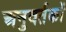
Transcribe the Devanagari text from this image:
अनुवर्तकों